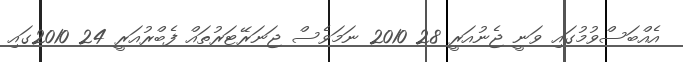
އެއްބަސްވުމުގައި ވަނީ ޖެނުއަރީ 28 2010 ނަމަވެސް ޖަނަރޭޓަރުތައް ފެބްރުއަރީ 24 2010ގައި